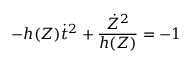
- h ( Z ) \dot { t } ^ { 2 } + \frac { \dot { Z } ^ { 2 } } { h ( Z ) } = - 1